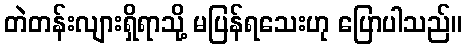
တဲတန်းလျားရှိရာသို့ မပြန်ရသေးဟု ပြောပါသည်။